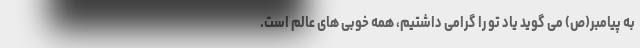
به پیامبر(ص) می گوید یاد تو را گرامی داشتیم، همه خوبی های عالم است.